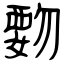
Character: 覅